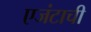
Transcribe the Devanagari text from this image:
एजंटाची